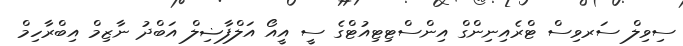
ސިވިލް ސަރވިސް ޓްރެއިނިންގް އިންސްޓިޓިއުޓްގެ ސީ އީއޯ އަލްފާޟިލް އަބްދު ނާޒިމް އިބްރާހިމް